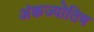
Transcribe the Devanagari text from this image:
अंकज्योतिष